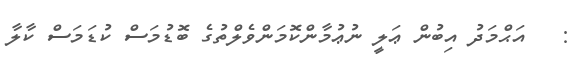
:   އަޙްމަދު އިބުން ޢަލީ ނުޢުމާންކޮމަންވެލްތުގެ ބޮޑުމަސް ކުޑަމަސް ކާލާ